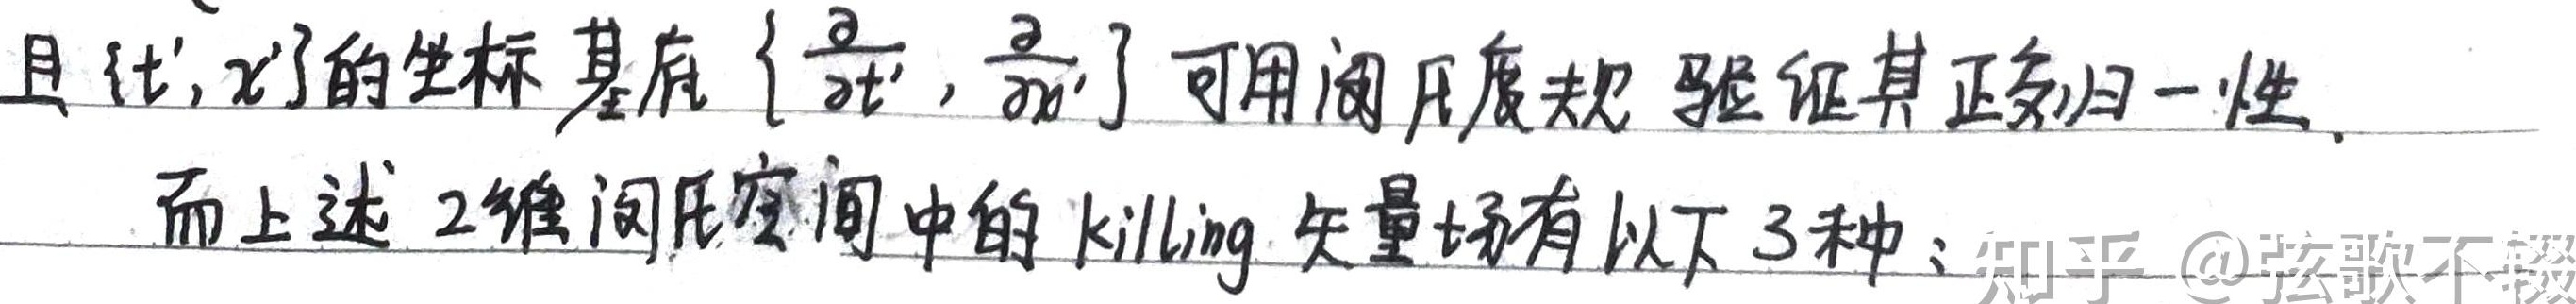
且 \((t', x')\)的坐标基底 \(\left\{\frac{\partial}{\partial t'}, \frac{\partial}{\partial x'}\right\}\) 可用闵氏度规验证其正交归一性。而上述2维闵氏空间中的killing矢量场有以下3种；知乎@弦歌不辍